Document type: Sale
Year: 1499
Scribe: Joan Martínez de Sòria
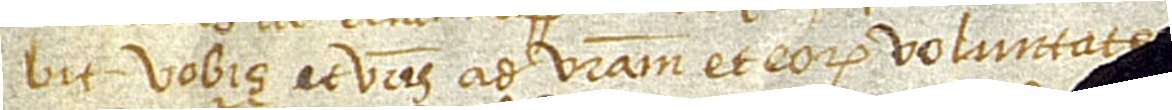
bit vobis et vestris ad vestram et eorum voluntate[s] [...] [omne]